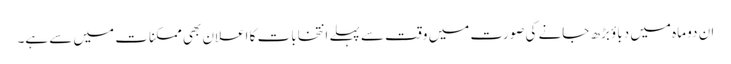
ان دو ماہ میں دباؤ بڑھ جانے کی صورت میں وقت سے پہلے انتخابات کا اعلان بھی ممکنات میں سے ہے۔